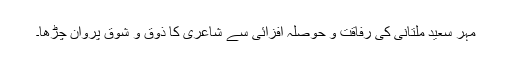
مہر سعید ملتانی کی رفاقت و حوصلہ افزائی سے شاعری کا ذوق و شوق پروان چڑھا۔